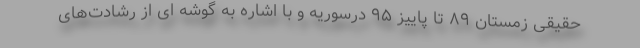
حقیقی زمستان ۸۹ تا پاییز ۹۵ درسوریه و با اشاره به گوشه ای از رشادت‌های